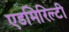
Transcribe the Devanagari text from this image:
एडमिरिल्टी